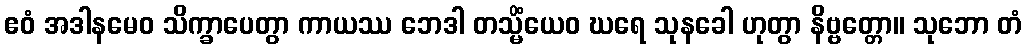
ဧဝံ အဒါနမေဝ သိက္ခာပေတွာ ကာယဿ ဘေဒါ တသ္မိံယေဝ ဃရေ သုနခေါ ဟုတွာ နိဗ္ဗတ္တော။ သုဘော တံ